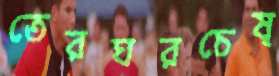
তেরঘরচেষ্